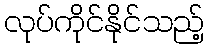
လုပ်ကိုင်နိုင်သည့်